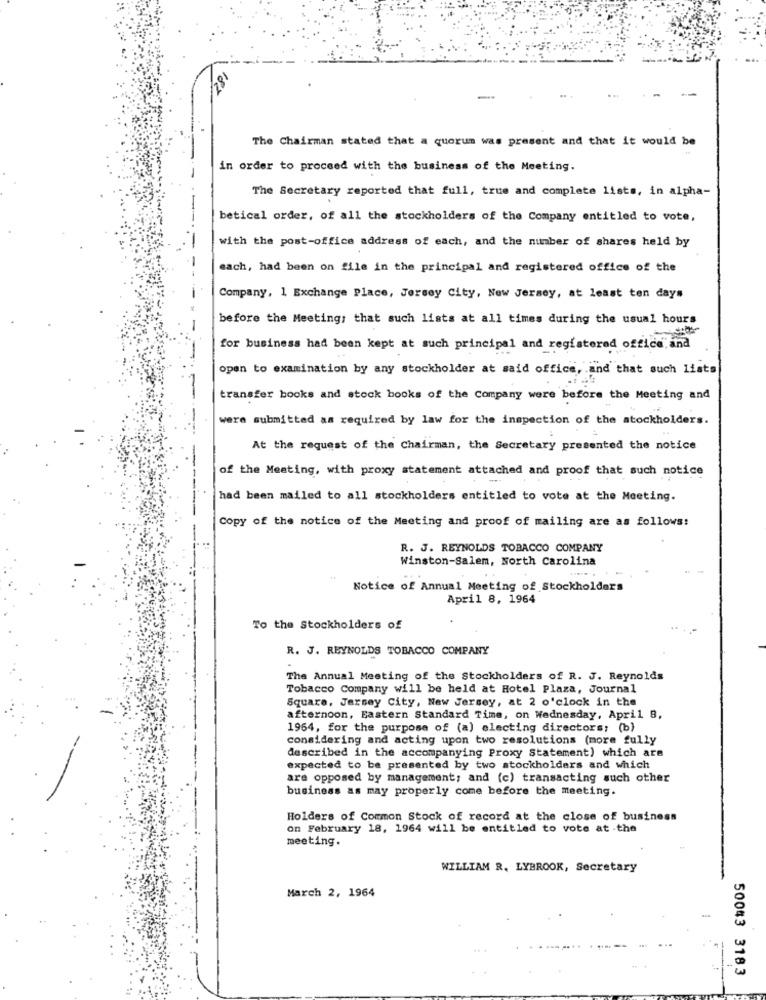
/18
-
The Chairman stated that a quorum was present and that it would be
in order to proceed with the business of the Meeting.
The Secretary reported that full, true and complete lists, in alpha-
betical order, of all the stockholders of the Company entitled to vote,
with the post-office address of each, and the number of shares held by
each, had been on file in the principal and registered office of the
Company, 1 Exchange Place, Jersey City, New Jersey, at least ten days
before the Meeting; that such lists at all times during the usual hours
for business had been kept at such principal and registered office, and
open to examination by any stockholder at said office, and that such lists
transfer books and stock books of the Company were before the Meeting and
were submitted as required by law for the inspection of the stockholders.
At the request of the Chairman, the Secretary presented the notice
-
of the Meeting, with proxy statement attached and proof that such notice
had been mailed to all stockholders entitled to vote at the Meeting.
Copy of the notice of the Meeting and proof of mailing are as follows:
R. J. REYNOLDS TOBACCO COMPANY
Winston-Salem, North Carolina
Notice of Annual Meeting of Stockholders
April 8, 1964
To the Stockholders of
R. J. REYNOLDS TOBACCO COMPANY
The Annual Meeting of the Stockholders of R. J. Reynolds
Tobacco Company will be held at Hotel Plaza, Journal
Square, Jersey City, New Jersey, at 2 o'clock in the
afternoon, Eastern Standard Time, on Wednesday, April 8,
1964, for the purpose of (a) electing directors; (b)
considering and acting upon two resolutions (more fully
described in the accompanying Proxy Statement) which are
expected to be presented by two stockholders and which
are opposed by management; and (c) transacting such other
business as may properly come before the meeting.
Holders of Common Stock of record at the close of business
on February 18, 1964 will be entitled to vote at .the
meeting.
WILLIAM R. LYBROOK, Secretary
March 2, 1964
50043 3183